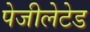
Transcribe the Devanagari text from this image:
पेजीलेटेड